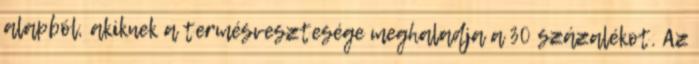
alapból, akiknek a termésvesztesége meghaladja a 30 százalékot. Az